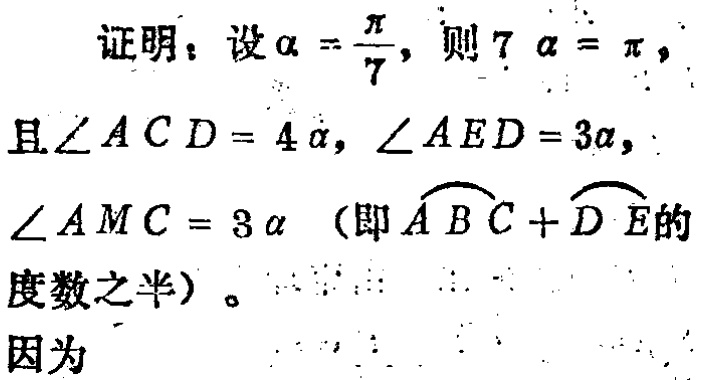
证明：设\(\alpha = \frac{\pi}{7}\)，则\(7\alpha = \pi\)，
且\(\angle ACD = 4\alpha\)，\(\angle AED = 3\alpha\)，
\(\angle AMC = 3\alpha\)（即\(\overset{\frown}{ABC}+\overset{\frown}{DE}\)的度数之半）。
因为